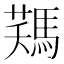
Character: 𩣻